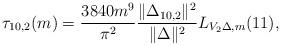
LaTeX: \begin{align*}\tau_{10,2}(m)&=\frac{3840 m^9}{\pi^2 } \frac{\Vert\Delta_{10, 2}\Vert^2} {\Vert\Delta\Vert^2} L_{V_2\Delta, m}(11),\end{align*}